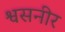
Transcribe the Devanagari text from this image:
श्वसनीर